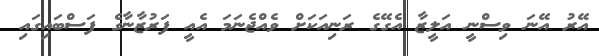
އޭރު އޭނަ ވިސްނީ އަލީޒާ އެގޭގެ ރަނިއަކަށް ވެއްޖެނަމަ އެއީ ފަރުޒާނާގެ ފަސްބައިގައި